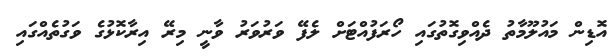
އޮޑިން މައުލޫމާތު ދެއްވިގޮތުގައި ހޯރަފުއްޓަށް ލެފޭ ވަރުވަރު ވާނީ މިރޭ އިރާކޮޅުގެ ވަގުތެއްގައި